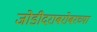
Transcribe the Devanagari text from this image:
जोडीदराबरोबरच्या